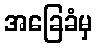
အခြေခံမှ